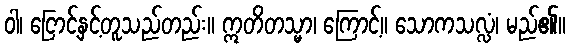
ဝါ၊ ငြောင့်နှင့်တူသည်တည်း။ ဣတိတသ္မာ၊ ကြောင့်။ သောကသလ္လံ၊ မည်၏။